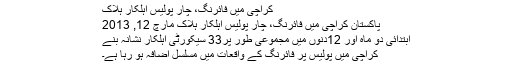
کراچی میں فائرنگ، چار پولیس اہلکار ہلاک
پاکستان کراچی میں فائرنگ، چار پولیس اہلکار ہلاک مارچ 12, 2013
ابتدائی دو ماہ اور 12دنوں میں مجموعی طور پر33 سیکورٹی اہلکار نشانہ بنے
کراچی میں پولیس پر فائرنگ کے واقعات میں مسلسل اضافہ ہو رہا ہے۔